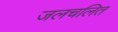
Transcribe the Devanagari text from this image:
जलचलित